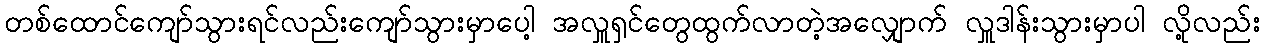
တစ်ထောင်ကျော်သွားရင်လည်းကျော်သွားမှာပေါ့ အလှူရှင်တွေထွက်လာတဲ့အလျှောက် လှူဒါန်းသွားမှာပါ လို့လည်း